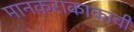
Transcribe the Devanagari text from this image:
मानकराकाकांची